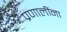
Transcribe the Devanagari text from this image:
प्रणालींना